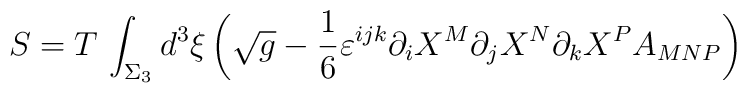
S=T\,\int_{\Sigma_{3}}d^{3}\xi\left(\sqrt{g}-\frac{1}{6}\varepsilon^{ijk}\partial_{i}X^{M}\partial_{j}X^{N}\partial_{k}X^{P}A_{MNP}\right)